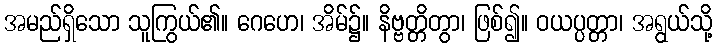
အမည်ရှိသော သူကြွယ်၏။ ဂေဟေ၊ အိမ်၌။ နိဗ္ဗတ္တိတွာ၊ ဖြစ်၍။ ဝယပ္ပတ္တာ၊ အရွယ်သို့